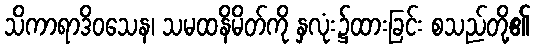
သိကာရာဒိဝသေန၊ သမထနိမိတ်ကို နှလုံး၌ထားခြင်း စသည်တို့၏